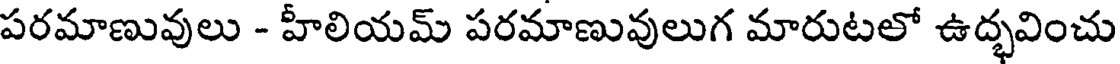
పరమాణువులు - హీలియమ్ పరమాణువులుగ మారుటలో ఉద్భవించు